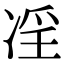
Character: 𠗝